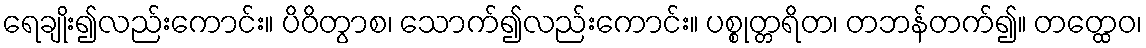
ရေချိုး၍လည်းကောင်း။ ပိဝိတွာစ၊ သောက်၍လည်းကောင်း။ ပစ္စုတ္တရိတ၊ တဘန်တက်၍။ တတ္ထေဝ၊